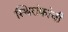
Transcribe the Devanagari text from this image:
स्थिरांकांची